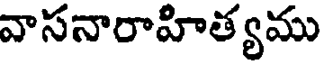
వాసనారాహిత్యము